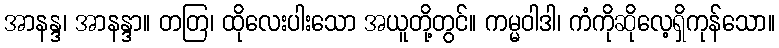
အာနန္ဒ၊ အာနန္ဒာ။ တတြ၊ ထိုလေးပါးသော အယူတို့တွင်။ ကမ္မဝါဒါ၊ ကံကိုဆိုလေ့ရှိကုန်သော။